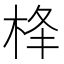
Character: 𪲋